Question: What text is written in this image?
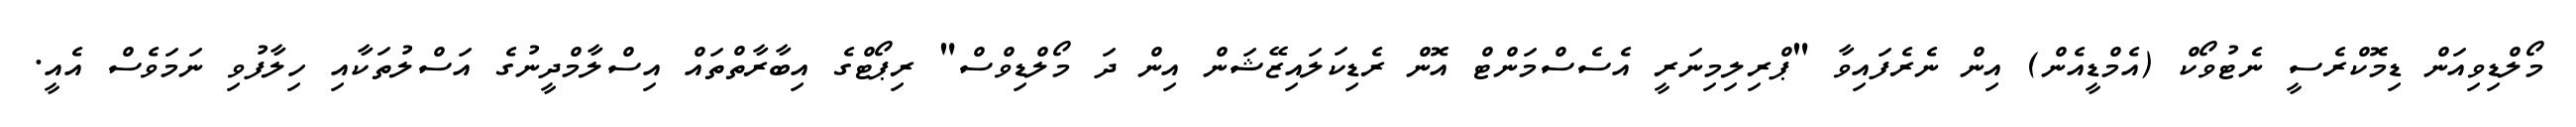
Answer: މޯލްޑިވިއަން ޑިމޮކްރެސީ ނެޓުވޯކް (އެމްޑީއެން) އިން ނެރެފައިވާ "ޕްރިލިމިނަރީ އެސެސްމަންޓް އޮން ރެޑިކަލައިޒޭޝަން އިން ދަ މޯލްޑިވްސް" ރިޕޯޓްގެ އިބާރާތްތައް އިސްލާމްދީނުގެ އަސްލުތަކާއި ހިލާފުވި ނަމަވެސް އެއީ.